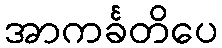
အာကင်္ခတိပေ